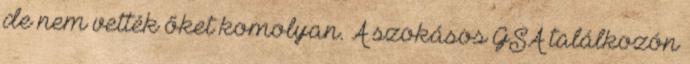
de nem vették őket komolyan. A szokásos GSA találkozón